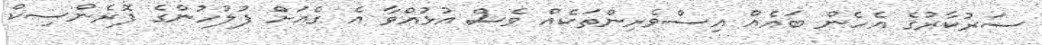
ސަރުކާރުގެ އެހެން ބައެއް އިސްވެރިންތަކެއް ވެސް އުޅުއްވާ އެ ގެއަށް ފުލުހުންގެ ފޮރެންސިކް